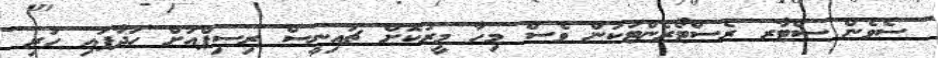
ސެވެން ސްޓާރ ރެސްޓޯރެންޓަކުން ވެސް މިހާ މީރުކޮށް ޗައިނީސް ރިސިޕްއަށް ހަދާފައި ހުރި